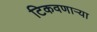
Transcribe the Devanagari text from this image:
टिकवणाऱ्या